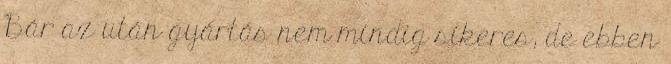
Bár az után gyártás nem mindig sikeres, de ebben